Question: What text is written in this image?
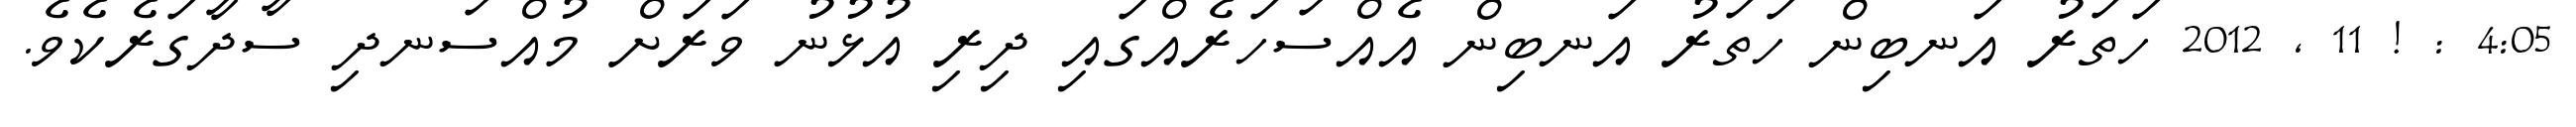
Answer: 4:05 : ! 11 , 2012 ހަތަރު އަނބިން ހަތަރު އަނބިން އެއްސަހަރެއްގައި ދިރި އުޅުނު ވަރަށް މުއްސަނދި ސާދާގަރެކެވެ.